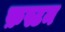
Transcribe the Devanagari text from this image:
फ़स्टम